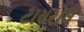
ટાયરોલ